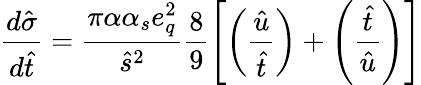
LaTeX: \frac{d\hat{\sigma}}{d\hat{t}}=\frac{\pi\alpha\alpha_{s}e_{q}^{2}}{\hat{s}^{2}}\frac{8}{9}\left[\left(\frac{\hat{u}}{\hat{t}}\right)+\left(\frac{\hat{t}}{\hat{u}}\right)\right]